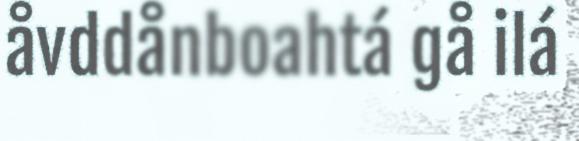
åvddånboahtá gå ilá